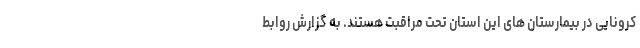
کرونایی در بیمارستان های این استان تحت مراقبت هستند. به گزارش روابط